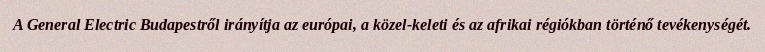
A General Electric Budapestről irányítja az európai, a közel-keleti és az afrikai régiókban történő tevékenységét.